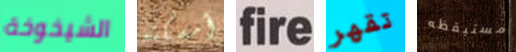
الشيخوخة أمسكته fire تقهر مستيقظه